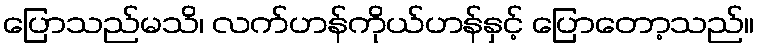
ပြောသည်မသိ၊ လက်ဟန်ကိုယ်ဟန်နှင့် ပြောတော့သည်။